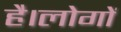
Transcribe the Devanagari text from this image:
है।लोगों